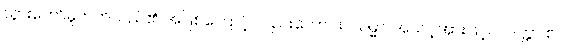
သွားတော်မူတတ်သည်၏ အဖြစ်ကြောင့် လည်းကောင်း။ သမ္မာ၊ အသင့်အားဖြင့်။ ဂဒတ္တာ စ၊